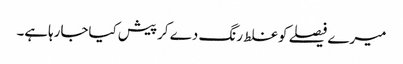
میرے فیصلے کوغلط رنگ دے کرپیش کیاجارہاہے۔